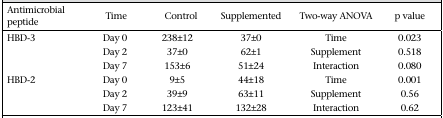
| Antimicrobial peptide | Time | Control | Supplemented | Two-way ANOVA | p value |
 | --- | --- | --- | --- | --- | --- |
 | HBD-3 | Day 0 | 238±12 | 37±0 | Time | 0.023 |
 |  | Day 2 | 37±0 | 62±1 | Supplement | 0.518 |
 |  | Day 7 | 153±6 | 51±24 | Interaction | 0.080 |
 | HBD-2 | Day 0 | 9±5 | 44±18 | Time | 0.001 |
 |  | Day 2 | 39±9 | 63±11 | Supplement | 0.56 |
 |  | Day 7 | 123±41 | 132±28 | Interaction | 0.62 |